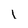
Character: L